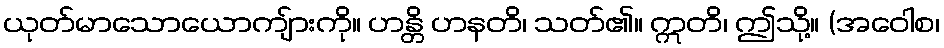
ယုတ်မာသောယောကျ်ားကို။ ဟန္တိ ဟနတိ၊ သတ်၏။ ဣတိ၊ ဤသို့။ (အဝေါစ၊